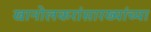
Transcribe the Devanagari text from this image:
खानोलकरांसारख्यांच्या